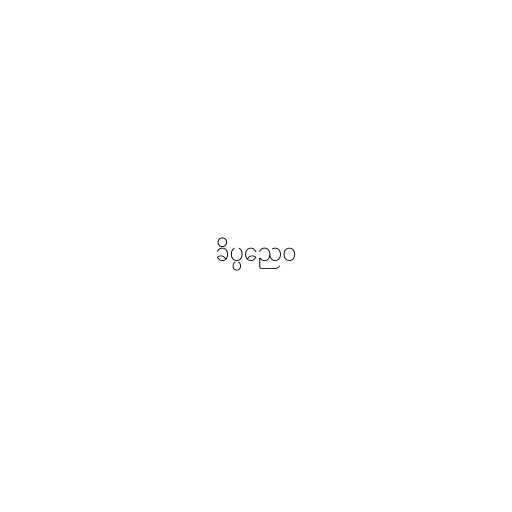
ခိပ္ပညေဝ